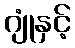
ဂျုံနှင့်